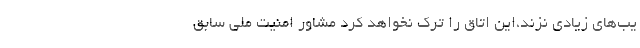
یب‌های زیادی نزند،این اتاق را ترک نخواهد کرد مشاور امنیت ملی سابق